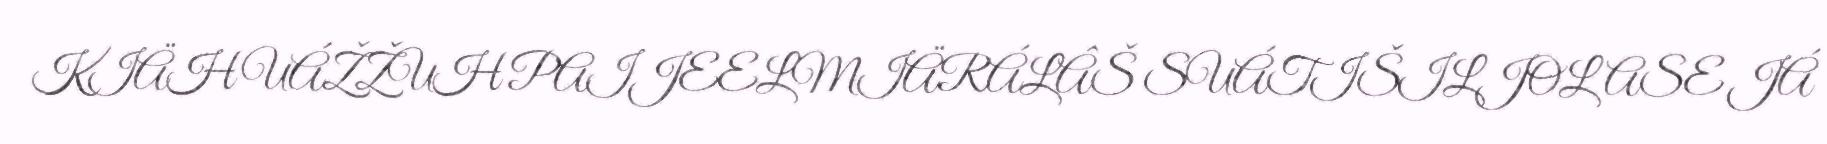
KIÄH UÁŽŽUH PAIJEELMIÄRÁLÂŠ SUÁTIŠILJOLASE JÁ